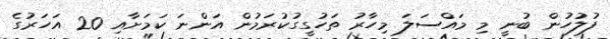
ފުލުހުން ބުނީ މި މައްސަލަ މިހާރު ތަހުގީގުކުރަމުން އަންނަ ކަމަށާއި 20 އަހަރުގެ